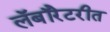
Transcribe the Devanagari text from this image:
लॅबॉरेटरीत